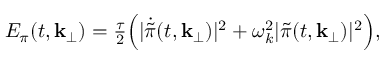
{ \cal E } _ { \pi } ( t , { \bf k } _ { \perp } ) = { \textstyle { \frac { \tau } { 2 } } } \Bigl ( \vert \dot { \tilde { \pi } } ( t , { \bf k } _ { \perp } ) \vert ^ { 2 } + \omega _ { k } ^ { 2 } \vert \tilde { \pi } ( t , { \bf k } _ { \perp } ) \vert ^ { 2 } \Bigr ) ,